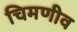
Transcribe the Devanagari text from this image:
चिमणीव